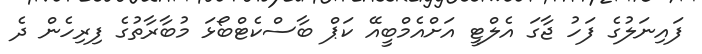
ފައިނަލުގެ ފަހު ޖާގަ އެލްޓީ އަށްއެމްބީއޭ ކަޕް ބާސްކެޓްބޯޅަ މުބާރާތުގެ ފިރިހެން ދެ